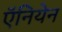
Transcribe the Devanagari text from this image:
ऍनियेन